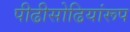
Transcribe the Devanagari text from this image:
पीढीसोढियांरूप